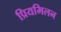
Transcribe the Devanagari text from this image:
प्रियमिलन